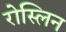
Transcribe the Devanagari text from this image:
रोस्लिन